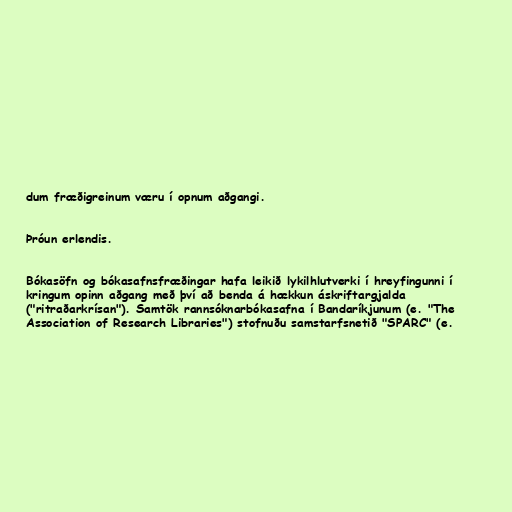
dum fræðigreinum væru í opnum aðgangi.

Þróun erlendis.

Bókasöfn og bókasafnsfræðingar hafa leikið lykilhlutverki í hreyfingunni í
kringum opinn aðgang með því að benda á hækkun áskriftargjalda
("ritraðarkrísan"). Samtök rannsóknarbókasafna í Bandaríkjunum (e. "The
Association of Research Libraries") stofnuðu samstarfsnetið "SPARC" (e.